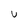
Character: U